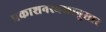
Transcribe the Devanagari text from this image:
प्रकाशनस्थळानुसार